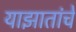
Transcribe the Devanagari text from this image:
याझातांचे